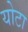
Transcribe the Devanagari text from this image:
योटा